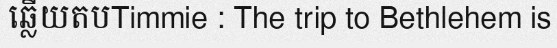
ឆ្លើយតបTimmie : The trip to Bethlehem is